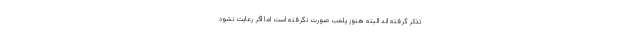
تذکر گرفته اند البته هنوز پلمب صورت نگرفته است اما اگر رعایت نشود